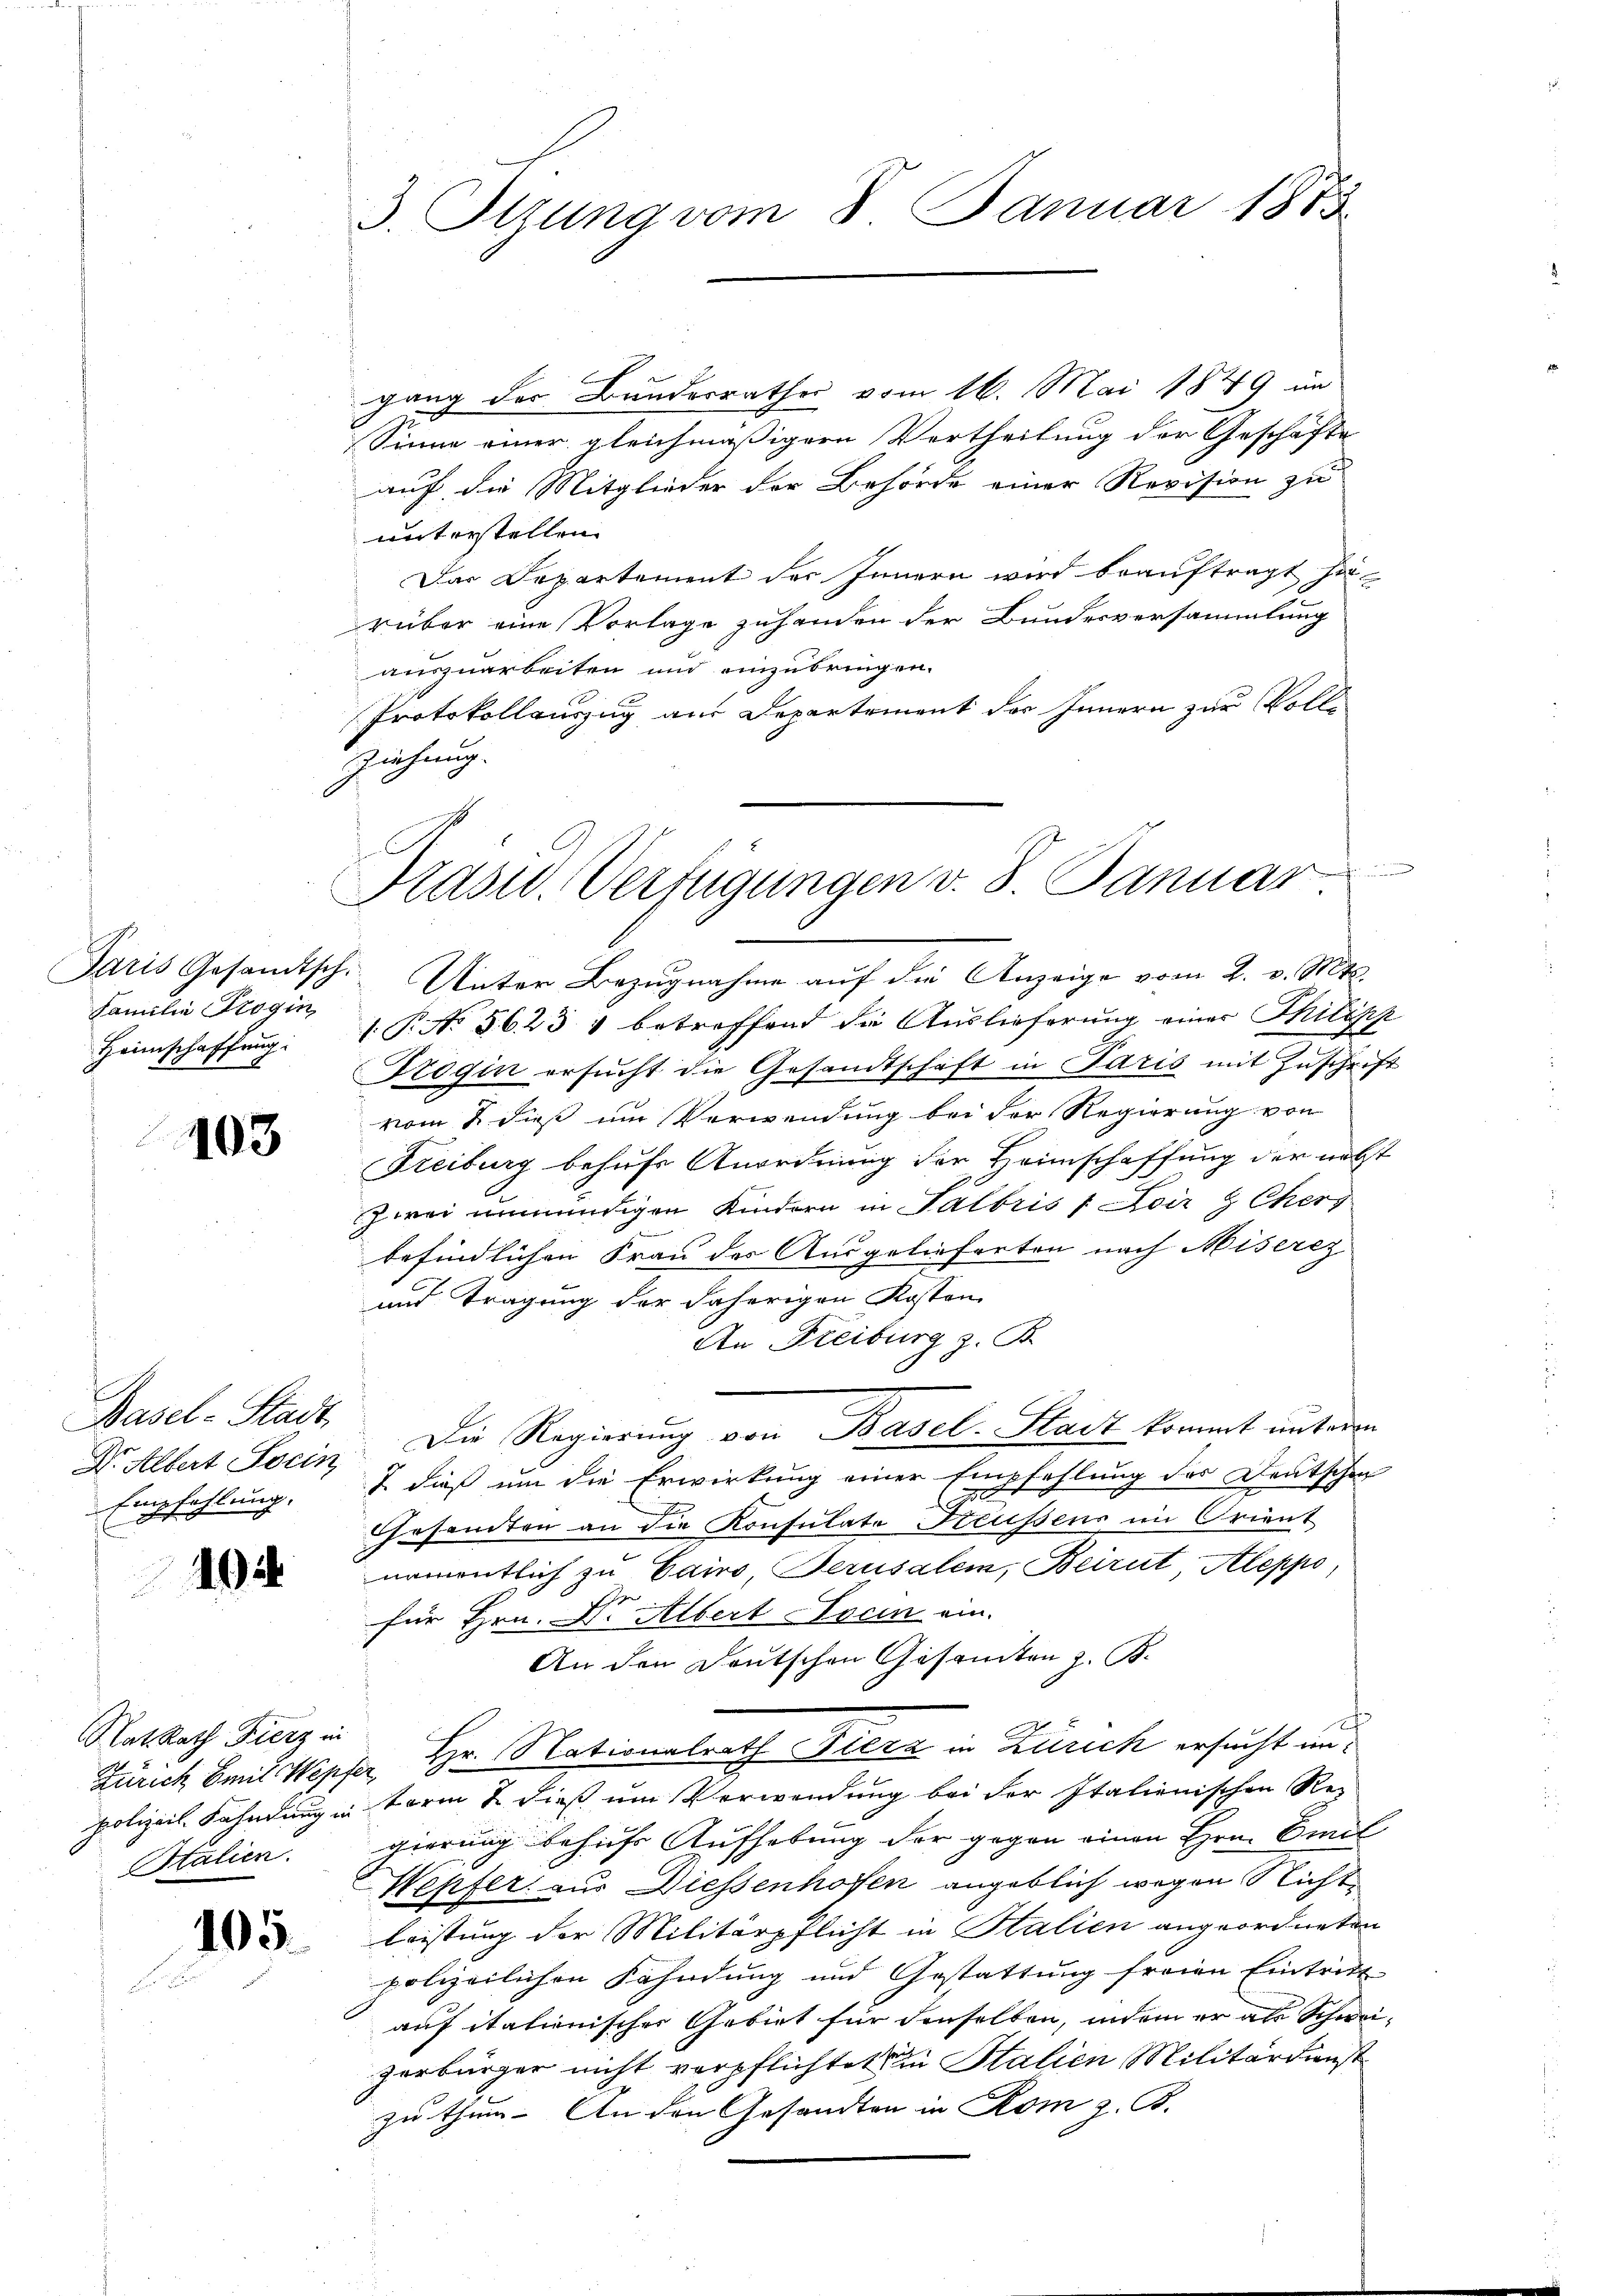
Paris Gesandtsch.
Familie Progin
Heimschaffung

103

Basel-Stadt
Dr. Albert Socin
Empfehlung.

1

Rat. Rath Fierz in
Italien.

105.

gang der Bundesrathes vom 16. Mai 1849 im
Sinne einer gleichmäßigern Vertheilung der Geschäfte
auf die Mitglieder der Behörde einer Revision zu
unterstellen.
Das Departement des Innern wird beauftragt si
rüber eine Vorlage zuhanden der Bundesversammlung
auszuarbeiten und einzubringen.
Protokollauszug aus Departement der Innern zur Voll-
ziehung.

3. Itzung vom 8. Januar 1873.

Prasw. Verfügungen v. 8. Januar

Unter Bezugnahme auf die Anzeige vom 2. v. Mts.
1. P. No. 5623 & betreffend die Auslieferung einer Philipp
Frogin ersucht die Gesandtschaft in Paris mit Zuschrift
vom 2 dieß um Verwendung bei der Regierung von
Freiburg behufs Anordnung der Heimschaffung der nebst
zwei unmündigen Kindern in Palbris 1 Loir & Chers
befindlichen Frau der Ausgelieferten nach Misercz
und Tragung der daherigen Kosten
An Freiburg z. B.
2 dieß um die Erwirkung einer Empfehlung des Deutschen
10.
E
Gesamten an die Konsulate Freussens im Orient
namentlich zu Cairo, Jerusalem, Beirut Aleppo,
e
für Hrn. D. Albert Socin ein.
An den Deutschen Gesamten z. B.
Zürich Emil Wepfer, Hr. Nationalrath Fierz in Zürich ersucht unpolizeit Fahndung in Form & dieß um Verwendung bei der Italienischen Regierung behufs Aufhebung der gegen einen Hrn. Emil
Wepfer aus Diessenhofen angeblich wegen Nicht
leistung der Militärpflicht in Stalien angeordneten
polizeilichen Fahndung und Gestattung freien Eintritt
auf italienischer Gebiet für denselben, indem er als Schwei-
zerbürger nicht verpflichtet in Stalien Militärdienst
zu thun. An den Gesandten in Rom z. B.

Die Regierung von Basel-Stadt kommt unteren